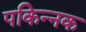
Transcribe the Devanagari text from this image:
पकिन्नक